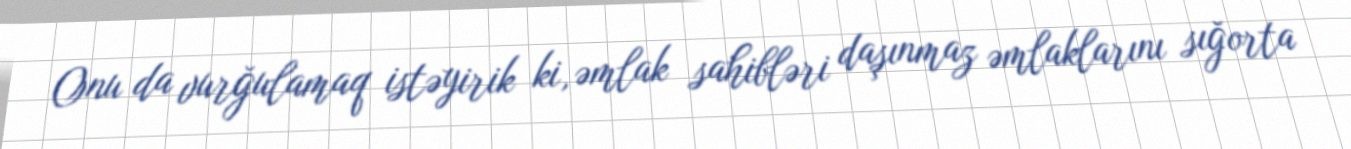
Onu da vurğulamaq istəyirik ki, əmlak sahibləri daşınmaz əmlaklarını sığorta